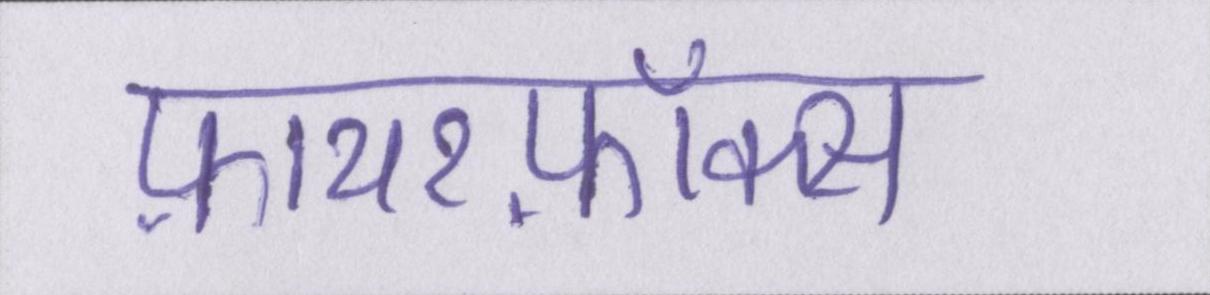
फ़ायरफ़ॉक्स